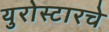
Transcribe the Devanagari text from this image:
युरोस्टारचे